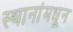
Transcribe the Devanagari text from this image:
स्थानांमधून